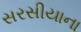
સરસીયાના